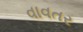
વાવતર